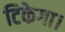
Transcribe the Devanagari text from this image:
टिकेगा।